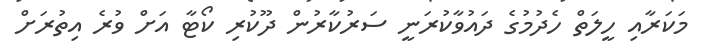
މަކަރާއި ހީލަތް ހެދުމުގެ ދައުވާކުރަނީ ސަރުކާރުން ދޫކުރި ކޯޓާ އަށް ވުރެ އިތުރަށް